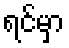
ရင်မှာ